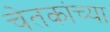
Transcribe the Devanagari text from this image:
चेतकांच्या